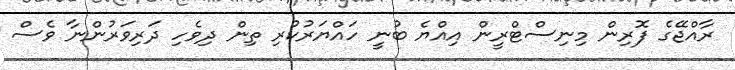
ރާއްޖޭގެ ފޮރިން މިނިސްޓްރީން އިއްޔެ ބުނީ ހައްޔަރުކުރި ތިން ދިވެހި ދަރިވަރުންނާ ވެސް